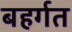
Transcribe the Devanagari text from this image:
बहर्गत